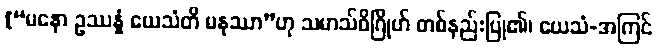
[“မနော ဥဿန္နံ ယေသံတိ မနုဿာ”ဟု သမာသ်ဝိဂြိုဟ် တစ်နည်းပြု၏၊ ယေသံ-အကြင်